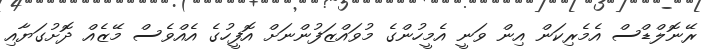
ރޭނޮލްޑްސް އެމެރިކަން އިން ވަނީ އެމީހުންގެ މުވައްޒަފުންނަށް އޮފީހުގެ އެއްވެސް މޭޒެއް ދޮށުގަޔާއި